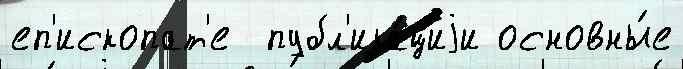
еп'ископат'е  публ'ика́циjи основны́е